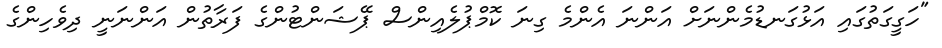
"ހަގީގަތުގައި އަޅުގަނޑުމެންނަށް އަންނަ އެންމެ ގިނަ ކޮމްޕުލެއިންސް ޕޭޝަންޓުންގެ ފަރާތުން އަންނަނީ ދިވެހިންގެ